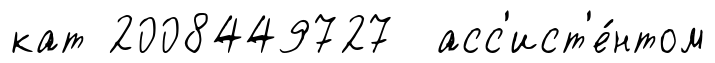
кат 2008449727 асс'ист'е́нтом